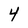
Character: 4